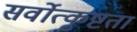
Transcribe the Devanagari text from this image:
सर्वोत्कृष्टता